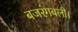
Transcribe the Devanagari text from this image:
बजरंगबली।